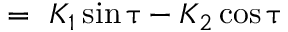
= \ K _ { 1 } \sin \uptau - K _ { 2 } \cos \uptau